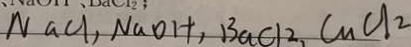
N a C l , N a O H , B a C l _ { 2 } , C u C l _ { 2 }